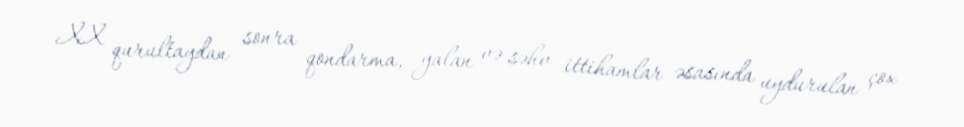
XX qurultaydan sonra qondarma, yalan və səhv ittihamlar əsasında uydurulan çox